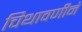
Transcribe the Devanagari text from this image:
चिथावणीने